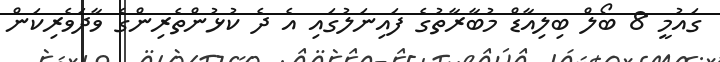
ގައުމީ 8 ބޯލް ބިލިއާޑް މުބާރާތުގެ ފައިނަލުގައި އެ ދެ ކުޅުންތެރިންގެ ވާދަވެރިކަން